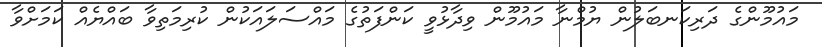
މައުމޫންގެ ދަރިކަނބަލުން ޔުމްނާ މައުމޫން ވިދާޅުވީ ކަންފަތުގެ މައްސަލައަކުން ކުރިމަތިވާ ބައްޔެއް ކަމަށްވާ